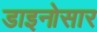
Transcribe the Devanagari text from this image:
डाइनोसार